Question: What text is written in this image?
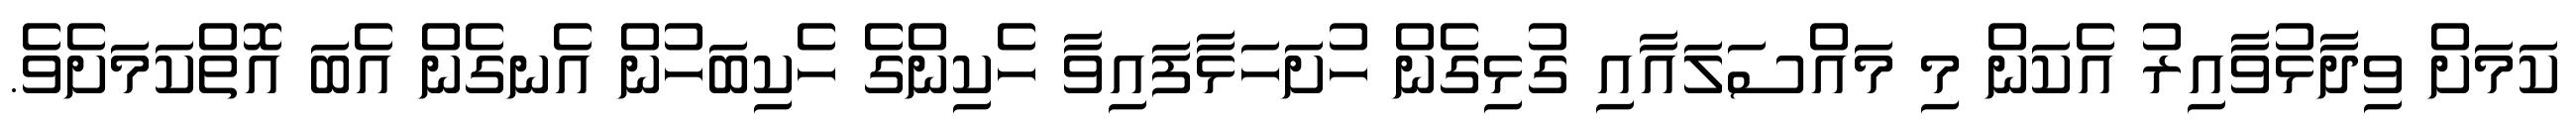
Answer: ކަމަށް ވިދާޅުވާއިރު އެކަން މި މައްސަލައާއި ގުޅިގެން ހުށަހަޅާފައިވާ ހެކިންގެ ހެކިބަހުން އެނގެން އެބަ އޮތްކަމަށެވެ.